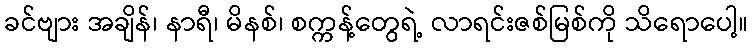
ခင်ဗျား အချိန်၊ နာရီ၊ မိနစ်၊ စက္ကန့်တွေရဲ့ လာရင်းဇစ်မြစ်ကို သိရောပေါ့။